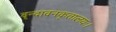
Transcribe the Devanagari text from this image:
वृन्दावनकृतालयः।